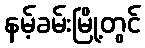
နမ့်ခမ်းမြို့တွင်